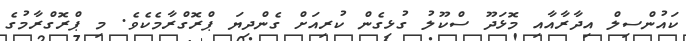
ކައުންސިލް އިދާރާއާއި މޮޅަދޫ ސްކޫލު ގުޅިގެން ކުރިއަށް ގެންދިޔަ ޕްރޮގްރާމެކެވެ. މި ޕްރޮގްރާމުގެ